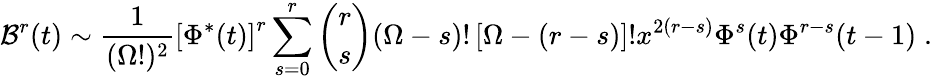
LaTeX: {\cal B}^{r}(t)\sim\frac{1}{(\Omega!)^{2}}\left[\Phi^{*}(t)\right]^{r}\sum_{s=0}^{r}{\binom{r}{s}}(\Omega-s)!\left[\Omega-(r-s)\right]!x^{2(r-s)}\Phi^{s}(t)\Phi^{r-s}(t-1)\; .